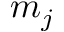
m _ { j }